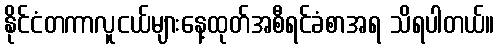
နိုင်ငံတကာလူငယ်များနေ့ထုတ်အစီရင်ခံစာအရ သိရပါတယ်။